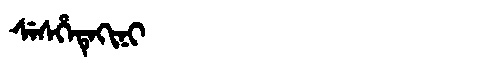
Manchu: ᠰᡝᠰᡥᡝᡨᡝᡴᡳᠨᡳ
Romanization: SESHETEKINI